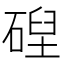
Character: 𥔄